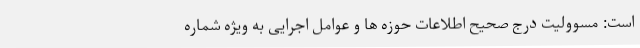
است: مسوولیت درج صحیح اطلاعات حوزه ها و عوامل اجرایی به ویژه شماره